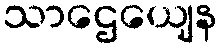
သာဌေယျေန